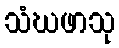
သံဃဖာသု